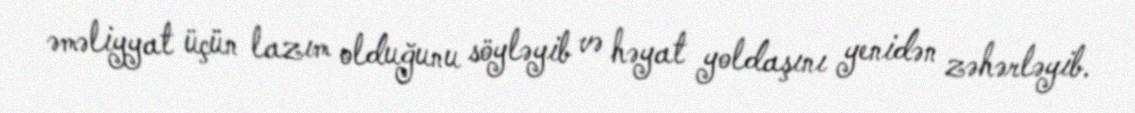
əməliyyat üçün lazım olduğunu söyləyib və həyat yoldaşını yenidən zəhərləyib.